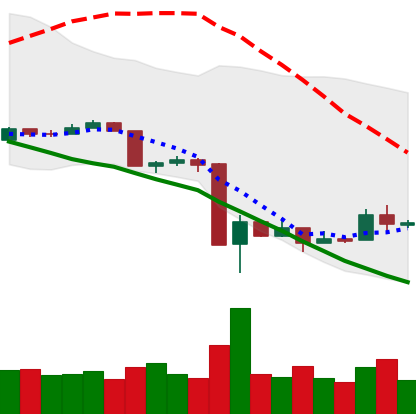
Ticker: XRP-USD
Chart end date: 2020-03-21
Forward return: 10.646%
Label: up_7plus